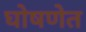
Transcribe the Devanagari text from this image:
घोषणेत